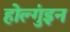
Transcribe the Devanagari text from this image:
होल्गुंइन